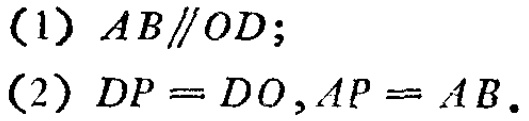
(1) \(AB\parallel OD\);
(2) \(DP = DO,AP = AB\).